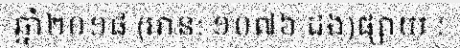
ឆ្នាំ២០១៨ (អាន: ១០៧៦ ដង)ផ្សាយ :